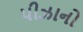
પીઝાનો